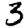
Digit: 3